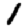
Digit: 1